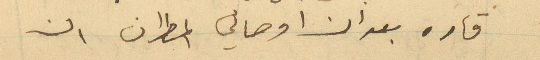
قاره بعد ان اوصاني المطران ان